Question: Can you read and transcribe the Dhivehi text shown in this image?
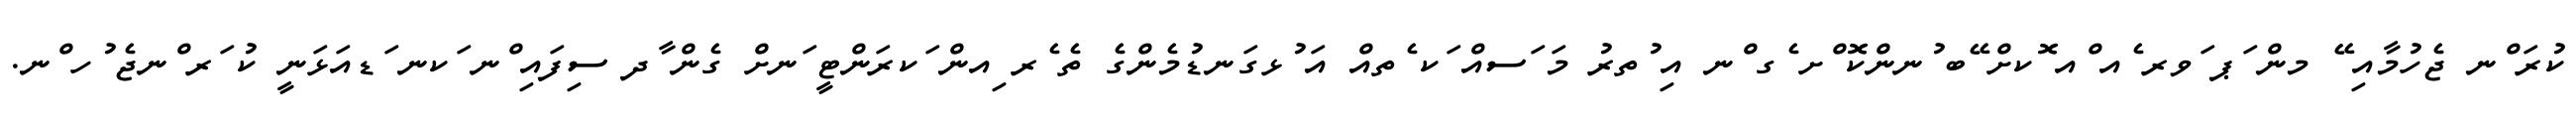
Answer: ކުރަ ްނ ޖެހުމާއި ޭ މން ަޕ ަވރ ެއ ްއ ޮކށް ޭބ ުނންކޮ ްށ ެގ ްނ އި ުތރު މަ ަސއް ަކ ެތއް އަ ުޅގަނޑުމެންގެ ތެ ެރ ިއން ަކރަންޓީ ަނށް ގެން ާދ ސިފައި ްނ ަކނ ަޑއަޅަނީ ކު ަރ ްނޖެ ުހ ްނ.